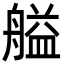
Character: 艗